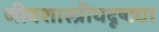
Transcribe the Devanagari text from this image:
जीवशास्त्रीयदृष्ट्या